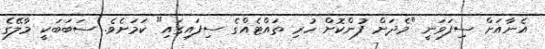
އެނާއަށް ސިފަވަނީ "މެދަށް ފުންކޮށް ހުރި ތައްޓެއްގެ ސިފައިގައި" ކަމަށެވެ. ސަބަބަކީ މާލޭގެ